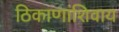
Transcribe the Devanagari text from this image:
ठिकाणांशिवाय